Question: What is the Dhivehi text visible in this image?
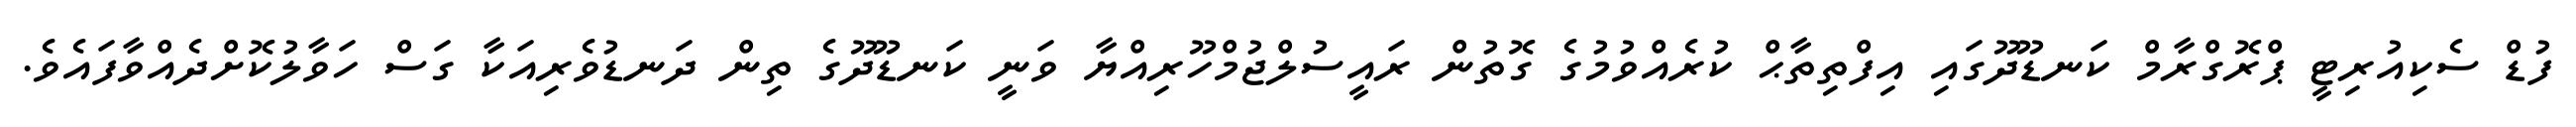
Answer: ފުޑް ސެކިއުރިޓީ ޕްރޮގްރާމް ކަނޑޫދޫގައި އިފްތިތާޙް ކުރެއްވުމުގެ ގޮތުން ރައީސުލްޖުމްހޫރިއްޔާ ވަނީ ކަނޑޫދޫގެ ތިން ދަނޑުވެރިއަކާ ގަސް ހަވާލުކޮށްދެއްވާފައެވެ.